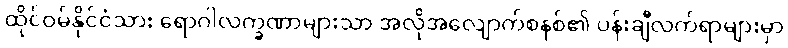
ထိုင်ဝမ်နိုင်ငံသား ရောဂါလက္ခဏာများသာ အလိုအလျောက်စနစ်၏ ပန်းချီလက်ရာများမှာ